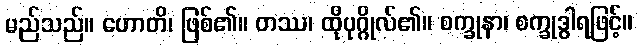
မည်သည်။ ဟောတိ၊ ဖြစ်၏။ တဿ၊ ထိုပုဂ္ဂိုလ်၏။ စက္ခုနာ၊ စက္ခုဒွါရဖြင့်။